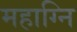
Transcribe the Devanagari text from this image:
महाग्नि